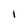
Character: 1